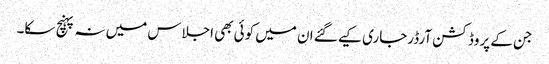
جن کے پروڈکشن آرڈرجاری کیے گئے ان میں کوئی بھی اجلاس میں نہ پہنچ سکا۔